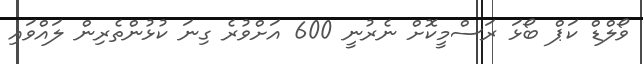
ވޯލްޑް ކަޕް ބޯޅަ ރަސްމީކޮށް ނެރުނީ 600 އަށްވުރެ ގިނަ ކުޅުންތެރިން ލައްވައި